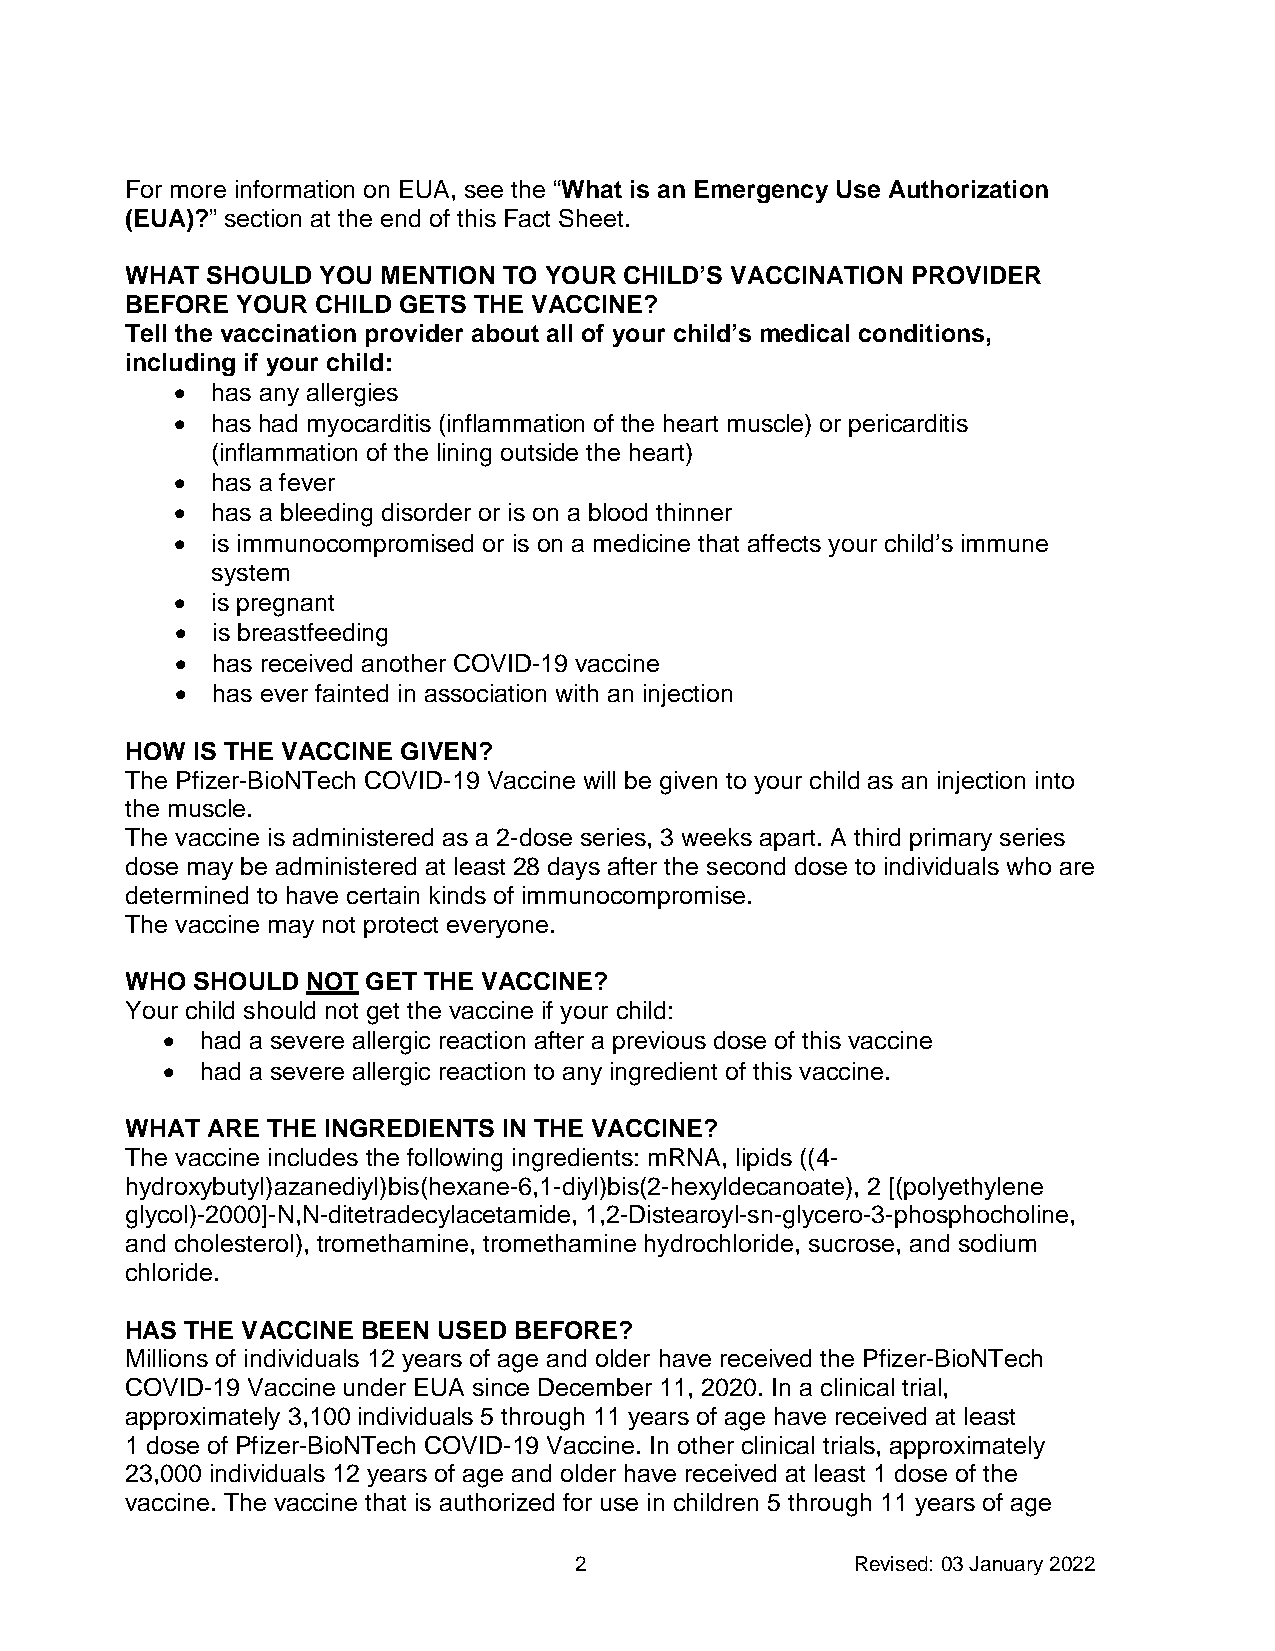
For more information on EUA, see the “What is an Emergency Use Authorization
 (EUA)?” section at the end of this Fact Sheet.
 WHAT  SHOULD YOU MENTION TO YOUR CHILD’S VACCINATION PROVIDER
 BEFORE  YOUR CHILD GETS THE VACCINE?
 Tell the vaccination provider about all of your child’s medical conditions,
 including if your child:
 • has any allergies
 • has had myocarditis (inflammation of the heart muscle) or pericarditis
 (inflammation of the lining outside the heart)
 • has a fever
 • has a bleeding disorder or is on a blood thinner
 • is immunocompromised or is on a medicine that affects your child’s immune
 system
 • is pregnant
 • is breastfeeding
 • has received another COVID-19 vaccine
 • has ever fainted in association with an injection
 HOW  IS THE VACCINE GIVEN?
 The Pfizer-BioNTech COVID-19 Vaccine will be given to your child as an injection into
 the muscle.
 The vaccine is administered as a 2-dose series, 3 weeks apart. A third primary series
 dose may be administered at least 28 days after the second dose to individuals who are
 determined to have certain kinds of immunocompromise.
 The vaccine may not protect everyone.
 WHO  SHOULD NOT GET THE VACCINE?
 Your child should not get the vaccine if your child:
 • had a severe allergic reaction after a previous dose of this vaccine
 • had a severe allergic reaction to any ingredient of this vaccine.
 WHAT  ARE THE INGREDIENTS IN THE VACCINE?
 The vaccine includes the following ingredients: mRNA, lipids ((4-
 hydroxybutyl)azanediyl)bis(hexane-6,1-diyl)bis(2-hexyldecanoate), 2 [(polyethylene
 glycol)-2000]-N,N-ditetradecylacetamide, 1,2-Distearoyl-sn-glycero-3-phosphocholine,
 and cholesterol), tromethamine, tromethamine hydrochloride, sucrose, and sodium
 chloride.
 HAS THE VACCINE BEEN USED BEFORE?
 Millions of individuals 12 years of age and older have received the Pfizer-BioNTech
 COVID-19 Vaccine under EUA since December 11, 2020. In a clinical trial,
 approximately 3,100 individuals 5 through 11 years of age have received at least
 1 dose of Pfizer-BioNTech COVID-19 Vaccine. In other clinical trials, approximately
 23,000 individuals 12 years of age and older have received at least 1 dose of the
 vaccine. The vaccine that is authorized for use in children 5 through 11 years of age
 2                  Revised: 03 January 2022